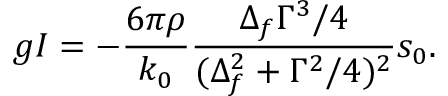
g I = - \frac { 6 \pi \rho } { k _ { 0 } } \frac { \Delta _ { f } \Gamma ^ { 3 } / 4 } { ( \Delta _ { f } ^ { 2 } + \Gamma ^ { 2 } / 4 ) ^ { 2 } } s _ { 0 } .